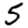
Digit: 5